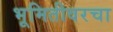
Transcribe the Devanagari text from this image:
भूमितीवरचा